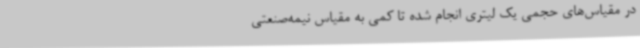
در مقیاس‌های حجمی یک لیتری انجام شده تا کمی به مقیاس‌ نیمه‌صنعتی